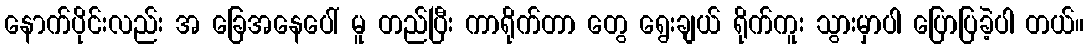
နောက်ပိုင်းလည်း အ ခြေအနေပေါ် မူ တည်ပြီး ကာရိုက်တာ တွေ ရွေးချယ် ရိုက်ကူး သွားမှာပါ ပြောပြခဲ့ပါ တယ်။